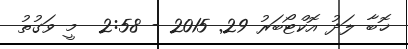
ޚޮބާ ލަދު އޮކްޓޯބަރު 29